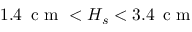
1 . 4 \, \textrm { c m } < H _ { s } < 3 . 4 \, \textrm { c m }